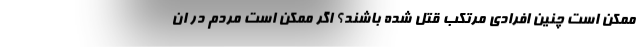
ممکن است چنین افرادی مرتکب قتل شده باشند؟ اگر ممکن است مردم در ان